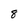
Character: 8